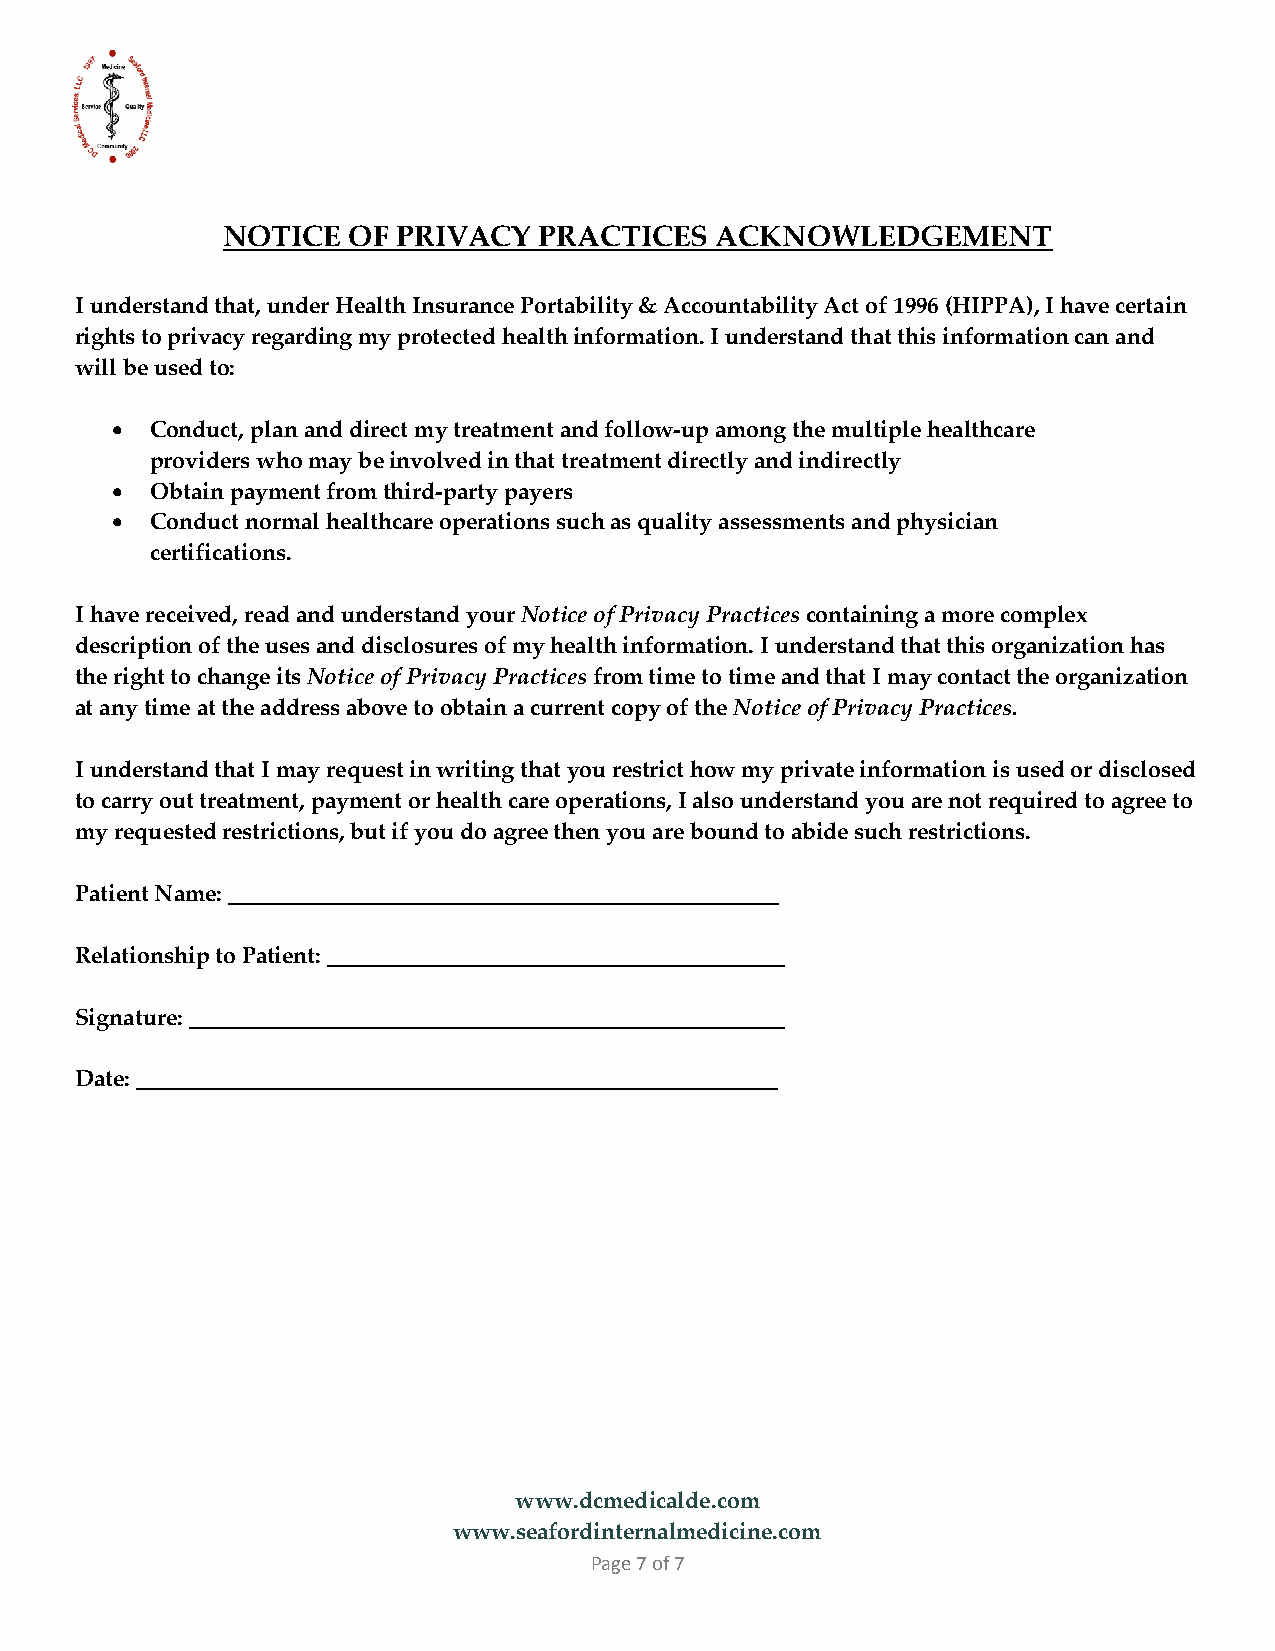
NOTICE  OF PRIVACY   PRACTICES  ACKNOWLEDGEMENT
 I understand that, under Health Insurance Portability & Accountability Act of 1996 (HIPPA), I have certain
 rights to privacy regarding my protected health information. I understand that this information can and
 will be used to:
   Conduct, plan and direct my treatment and follow-up among the multiple healthcare
 providers who may be involved in that treatment directly and indirectly
   Obtain payment from third-party payers
   Conduct normal healthcare operations such as quality assessments and physician
 certifications.
 I have received, read and understand your Notice of Privacy Practices containing a more complex
 description of the uses and disclosures of my health information. I understand that this organization has
 the right to change its Notice of Privacy Practices from time to time and that I may contact the organization
 at any time at the address above to obtain a current copy of the Notice of Privacy Practices.
 I understand that I may request in writing that you restrict how my private information is used or disclosed
 to carry out treatment, payment or health care operations, I also understand you are not required to agree to
 my requested restrictions, but if you do agree then you are bound to abide such restrictions.
 Patient Name: ________________________________________________
 Relationship to Patient: ________________________________________
 Signature: ____________________________________________________
 Date: ________________________________________________________
 www.dcmedicalde.com
 www.seafordinternalmedicine.com
 Page 7 of 7